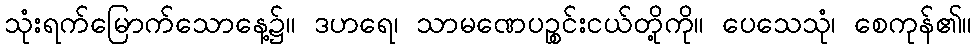
သုံးရက်မြောက်သောနေ့၌။ ဒဟရေ၊ သာမဏေပဉ္စင်းငယ်တို့ကို။ ပေသေသုံ၊ စေကုန်၏။